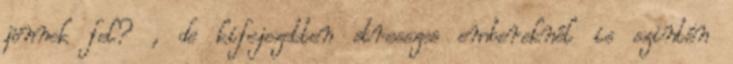
jönnek fel? , de kifejezetten stresszes embereknél is szintén